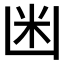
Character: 𱐍